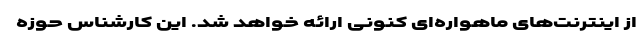
از اینترنت‌های ماهواره‌ای کنونی ارائه خواهد شد. این کارشناس حوزه